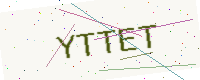
Text: YTTET